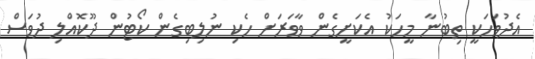
އެދުވަހަކީ ތިބުނާ މީހަކު އެކަށީގެން ވާވަރަށް ހެކި ނުލިބިގެން ކޯޓުން ދޫކޮއްލި ދުވަސް